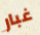
غبار